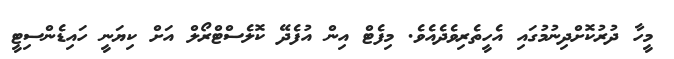
މީހާ ދުރުކޮށްދިނުމުގައި އެހީތެރިވެދެއެވެ. މިފެޓް އިން އުފެދޭ ކޮލެސްޓްރޯލް އަށް ކިޔަނީ ހައިޑެންސިޓީ